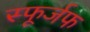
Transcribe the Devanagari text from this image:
स्फूर्जफ